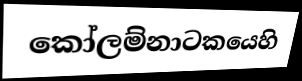
කෝලම්නාටකයෙහි